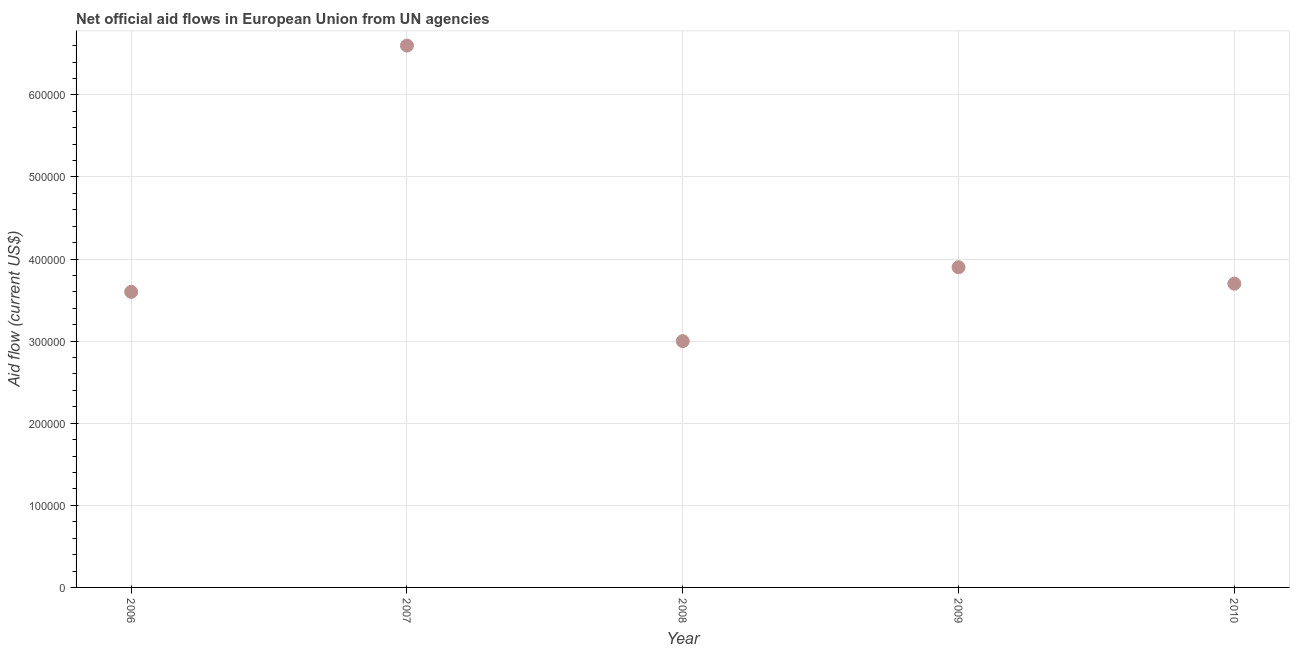
| Year | Net official flows from UN agencies |
 | --- | --- |
 | 2006 | 3.6e+05 |
 | 2007 | 6.6e+05 |
 | 2008 | 3e+05 |
 | 2009 | 3.9e+05 |
 | 2010 | 3.7e+05 |